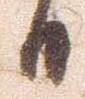
日